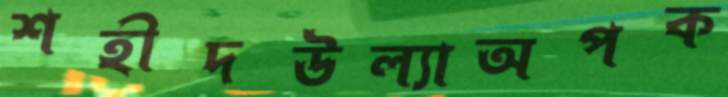
শহীদউল্যাঅপক